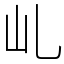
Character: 乢